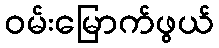
ဝမ်းမြောက်ဖွယ်